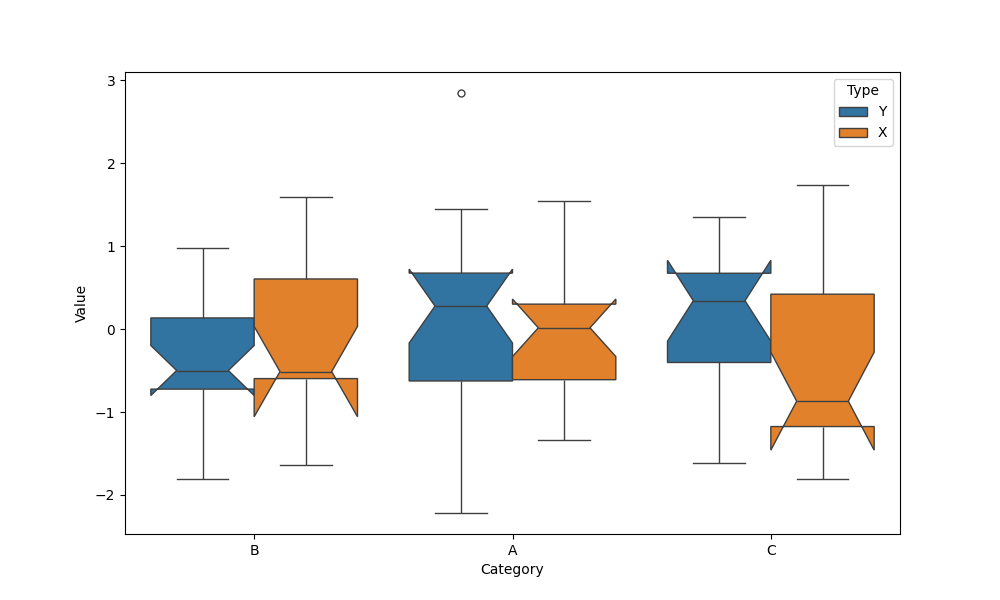
python, seaborn, boxplot, width=0.8, linewidth=1, fliersize=5, notch=True